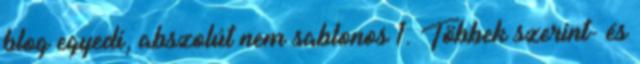
blog egyedi, abszolút nem sablonos 1. Többek szerint- és